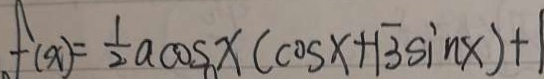
f ( x ) = \frac { 1 } { 2 } a \cos x ( \cos x + \sqrt { 3 } \sin x ) + 1